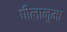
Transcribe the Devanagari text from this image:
पीलानुमा